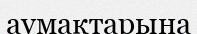
аумақтарына